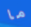
ما